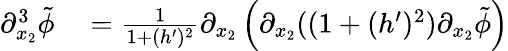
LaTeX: \begin{array}{rl}{\partial_{x_{2}}^{3}\tilde{\phi}}&{{}=\frac{1}{1+(h^{\prime})^{2}}\partial_{x_{2}}\left(\partial_{x_{2}}((1+(h^{\prime})^{2})\partial_{x_{2}}\tilde{\phi}\right)}\end{array}